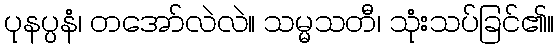
ပုနပ္ပနံ၊ တအော်လဲလဲ။ သမ္မသတီ၊ သုံးသပ်ခြင်၏။